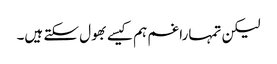
لیکن تمہارا غم ہم کیسے بھول سکتے ہیں۔